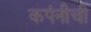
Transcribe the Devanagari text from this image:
कपंनीची